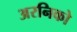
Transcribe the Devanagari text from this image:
अरनिको